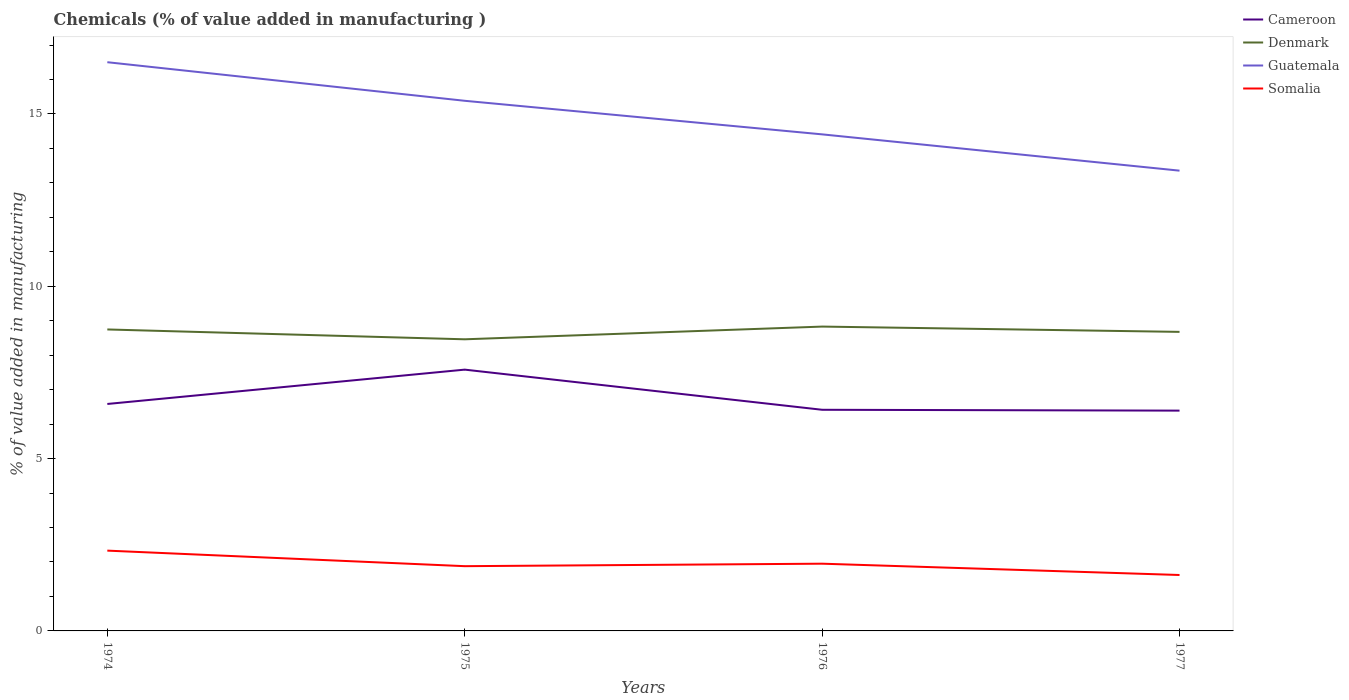
| Years | Cameroon | Denmark | Guatemala | Somalia |
 | --- | --- | --- | --- | --- |
 | 1974 | 6.59 | 8.75 | 16.5 | 2.33 |
 | 1975 | 7.58 | 8.46 | 15.4 | 1.88 |
 | 1976 | 6.42 | 8.83 | 14.4 | 1.95 |
 | 1977 | 6.39 | 8.68 | 13.4 | 1.62 |